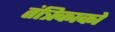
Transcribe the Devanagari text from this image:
तंत्रिकाको